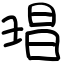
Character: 琩